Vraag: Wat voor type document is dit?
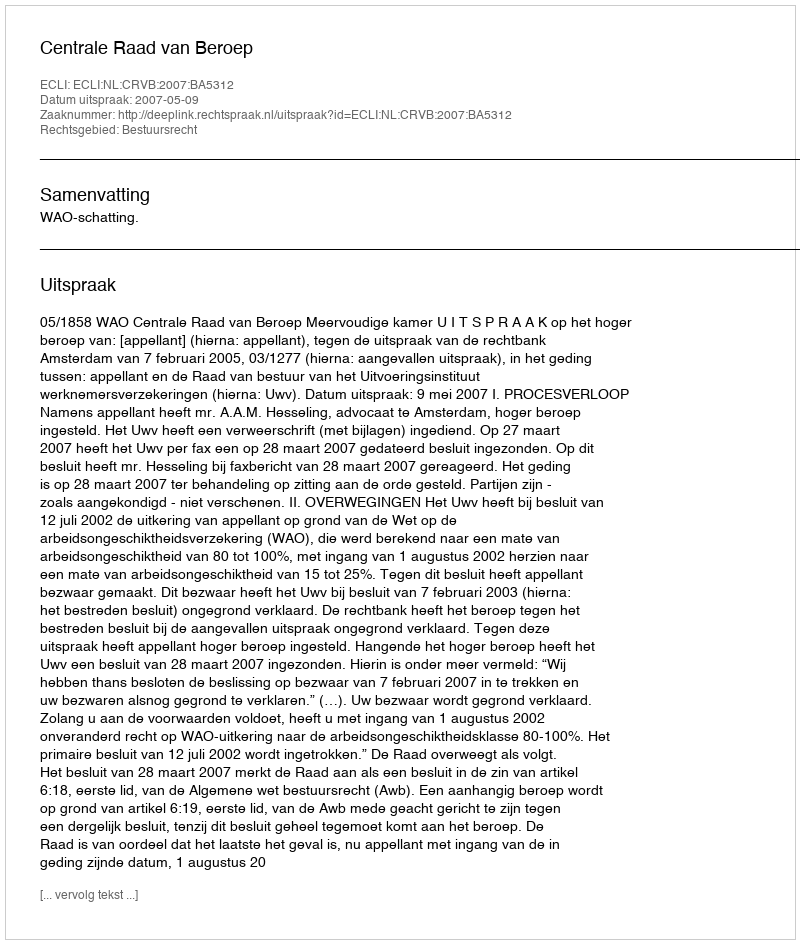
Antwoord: Uitspraak